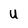
Character: U